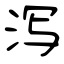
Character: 泻